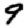
Digit: 9